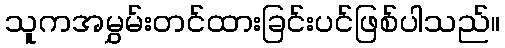
သူကအမွှမ်းတင်ထားခြင်းပင်ဖြစ်ပါသည်။